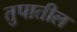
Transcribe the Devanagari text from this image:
तुपातील